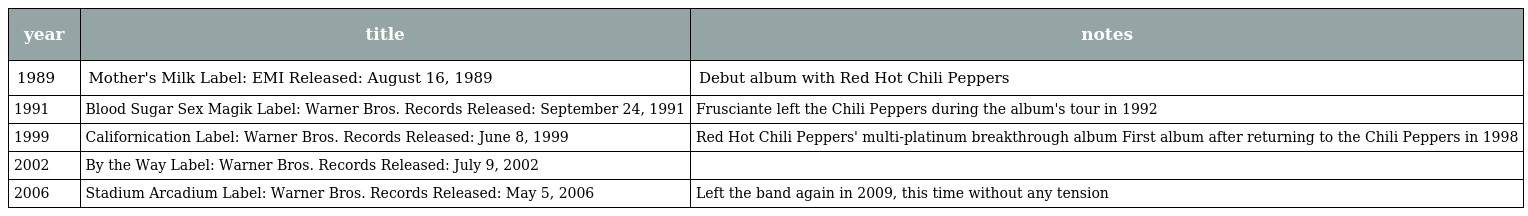
| year | title | notes |
 | --- | --- | --- |
 | 1989 | Mother's Milk Label: EMI Released: August 16, 1989 | Debut album with Red Hot Chili Peppers |
 | 1991 | Blood Sugar Sex Magik Label: Warner Bros. Records Released: September 24, 1991 | Frusciante left the Chili Peppers during the album's tour in 1992 |
 | 1999 | Californication Label: Warner Bros. Records Released: June 8, 1999 | Red Hot Chili Peppers' multi-platinum breakthrough album First album after returning to the Chili Peppers in 1998 |
 | 2002 | By the Way Label: Warner Bros. Records Released: July 9, 2002 |  |
 | 2006 | Stadium Arcadium Label: Warner Bros. Records Released: May 5, 2006 | Left the band again in 2009, this time without any tension |